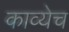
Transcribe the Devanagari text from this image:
काव्येच